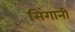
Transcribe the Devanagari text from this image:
सिंगानी